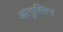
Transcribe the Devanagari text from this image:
आगुस्तिन